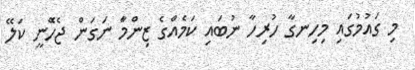
މި ގައުމުގައި މިހިނގާ ހުރިހާ ނުބައި ކަމެއްގެ ޒިންމަާ ނަގަން ޖެހެޭނީ ކަލޭ